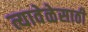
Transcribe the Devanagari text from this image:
त्यावेळेसाठी